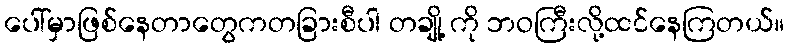
ပေါ်မှာဖြစ်နေတာတွေကတခြားစီပါ တချို့ ကို ဘဝကြီးလို့ထင်နေကြတယ်။